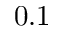
0 . 1